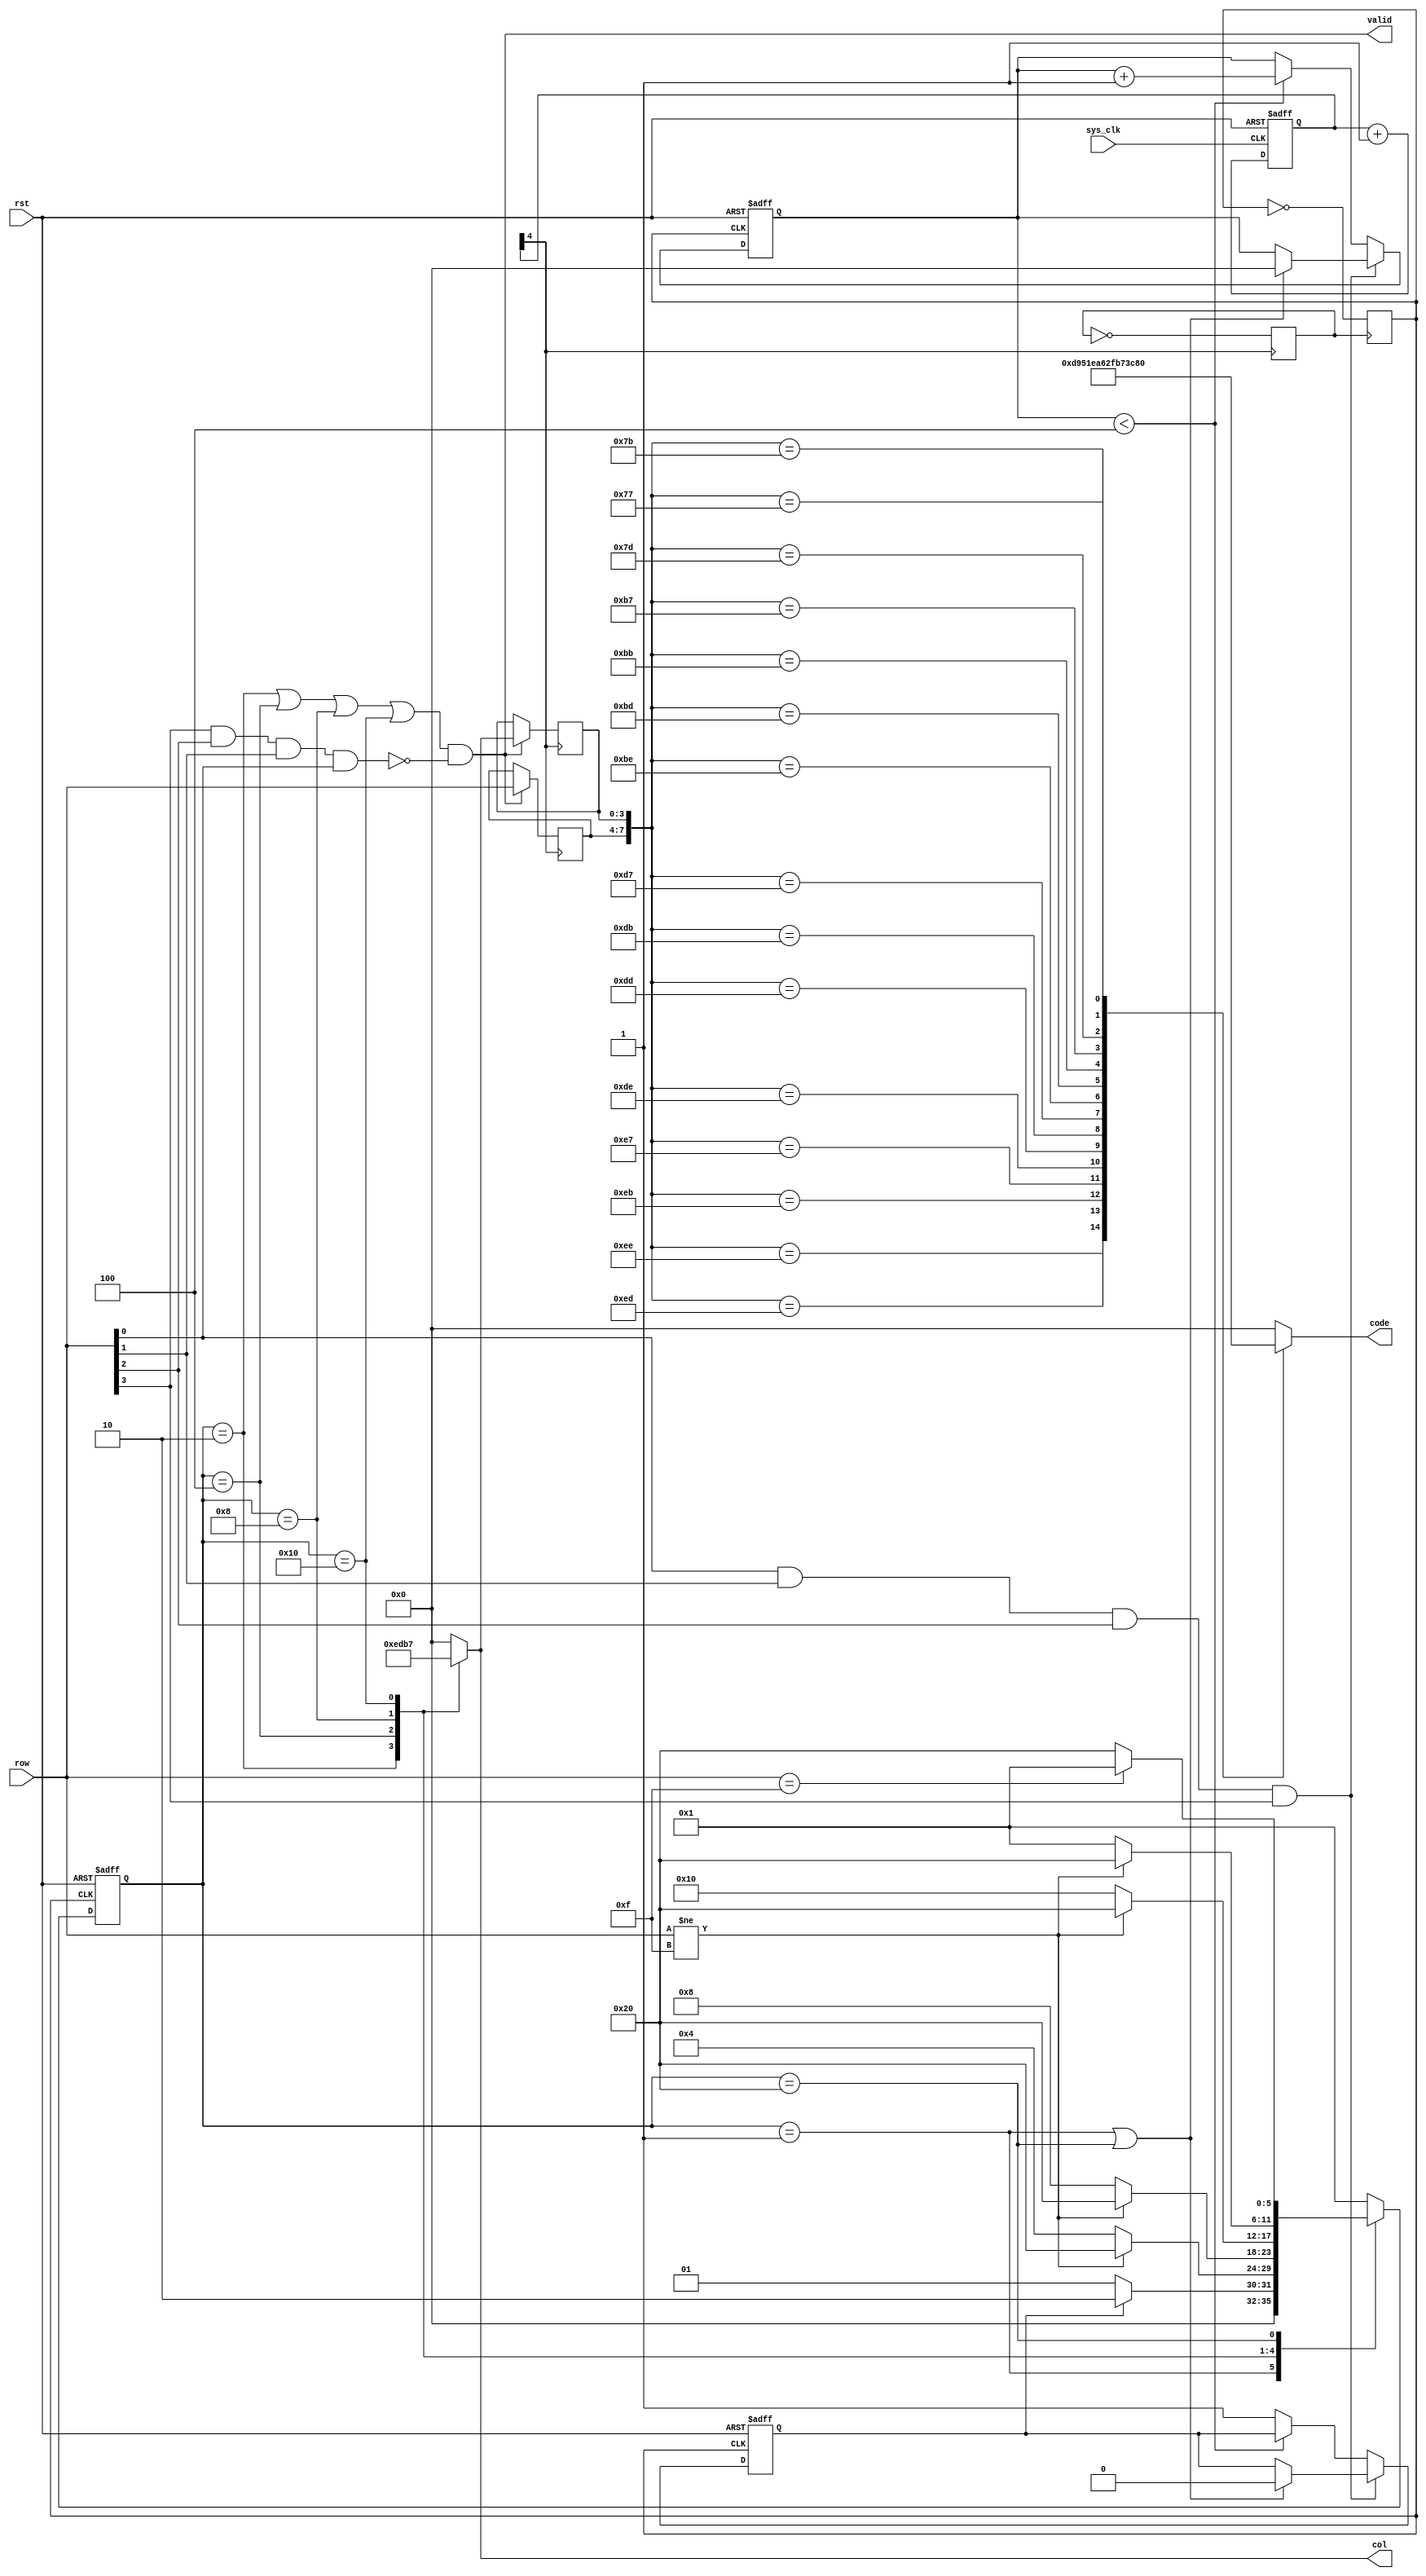
//-------------------------------------------------------------------------------------------------
//*************************************************************************************************
//  ModifData   :  2009-03-30 
//  Description :  KeyBoard ( Verilog HDL )
//  Version     :  V1.1  
//*************************************************************************************************
//-------------------------------------------------------------------------------------------------

//-------------------------------------------------------------------------------------------------
// Module declaration 
module key44
(
	code      ,
	col       ,
	valid     ,
	row       ,
	sys_clk   ,
	rst  
);

//-------------------------------------------------------------------------------------------------
// Port declaration 
output  [3:0]  col     ;
output         valid   ;
output  [3:0]  code    ;

input   [3:0]  row     ;
input          sys_clk,rst ;

//-------------------------------------------------------------------------------------------------
// 
reg     [3:0]  col,code;
reg     [5:0]  state,next_state;

parameter  S_0 = 6'b000001,
           S_1 = 6'b000010,
           S_2 = 6'b000100,
           S_3 = 6'b001000,
           S_4 = 6'b010000,
           S_5 = 6'b100000;
reg        S_row ; 
reg [3:0] count,row_reg,col_reg;
reg       clk2,clk4;
 
 
reg [4:0] Mega_cnt;
wire      clk;

//-------------------------------------------------------------------------------------------------
//-------------------------------------------------------------------------------------------------
// 
always @( posedge sys_clk, negedge rst )
begin
	if(!rst)	Mega_cnt<=0;
	else		Mega_cnt<=Mega_cnt+1;
end

assign clk = Mega_cnt[4];

//-------------------------------------------------------------------------------------------------
// Frequency Division Two 
always @( posedge clk )
clk2 <= ~clk2;

// A quarter of the clk 
always @( posedge clk2 )
clk4 <= ~clk4;

//-------------------------------------------------------------------------------------------------
// Check the Key 
//-------------------------------------------------------------------------------------------------
always @( posedge clk4, negedge rst )
if(!rst)
	begin
		count <= 0;
		S_row <= 0;
	end
else
	begin
		if(!(row[0]&row[1]&row[2]&row[3]))
			begin
				if(count < 'd4)	count <= count + 1;		// Filter 
				else			S_row <= 1;
			end
	//	else if(state[5]||state[0])
		else if((state == S_0) || (state == S_5))
			begin
				count <= 0;
				S_row <= 0;
			end
	end

assign valid = ((state == S_1)||(state == S_2)||(state == S_3)||(state == S_4)) &&  (!(row[3]&row[2]&row[1]&row[0]));

//-------------------------------------------------------------------------------------------------
// Save the value of row and col 
always @( negedge clk )
if( valid )
	begin
		row_reg <= row ;
		col_reg <= col ;
	end
/*
else
	begin
		row_reg <= row_reg ;
		col_reg <= col_reg ;
	end*/

//-------------------------------------------------------------------------------------------------
// Decode the Key 
always @( row_reg, col_reg, clk )
	case( {row_reg,col_reg} )
		8'B1110_1110: code = 4'hd;
		8'B1110_1101: code = 4'h9;
		8'B1110_1011: code = 4'h5;
		8'B1110_0111: code = 4'h1;
		
		8'B1101_1110: code = 4'he;
		8'B1101_1101: code = 4'ha;
		8'B1101_1011: code = 4'h6;
		8'B1101_0111: code = 4'h2;
		
		8'B1011_1110: code = 4'hf;
		8'B1011_1101: code = 4'hb;
		8'B1011_1011: code = 4'h7;
		8'B1011_0111: code = 4'h3;
		
		8'B0111_1110: code = 4'h0;
		8'B0111_1101: code = 4'hc;
		8'B0111_1011: code = 4'h8;
		8'B0111_0111: code = 4'h4;
		default		: code = 4'h0;
	endcase
 
//-------------------------------------------------------------------------------------------------
// State Machine : Mealy 
//-------------------------------------------------------------------------------------------------
always @( posedge clk4, negedge rst )
	if( !rst )
		state <= S_0 ;
	else
		state <= next_state ;

//-------------------------------------------------------------------------------------------------
always @( state, row, S_row )
begin
	col = 0;
	//----------------------------------------------
	case( state )
	S_0 :  begin
			col = 4'b0000;
			if(S_row)	next_state = S_1;
			else		next_state = S_0;
		end
	//----------------------------------------------
	// Decoding... 
	S_1 :  begin
			col = 4'b1110;
			if(row!='hf)	next_state = S_5;
			else			next_state = S_2;
		end
	S_2 :  begin
			col = 4'b1101;
			if(row!='hf)	next_state = S_5;
			else			next_state = S_3;
		end 
	S_3 :  begin
			col = 4'b1011;
			if(row!='hf)	next_state = S_5;
			else			next_state = S_4;
		end  
	S_4 :  begin
			col = 4'b0111;
			if(row!='hf)	next_state = S_5;
			else			next_state = S_0;
		end  
	//----------------------------------------------
	S_5 :  begin
			col = 4'b0000;
			if(row == 4'b1111) 	next_state = S_0;
			else 				next_state = S_5;
		end
	default: next_state = S_0;
	endcase
end

endmodule